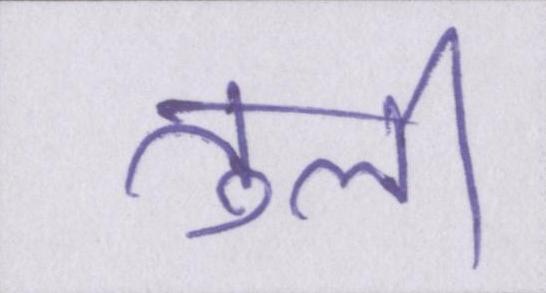
तुली